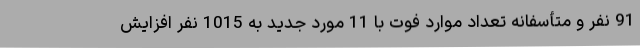
91 نفر و متأسفانه تعداد موارد فوت با 11 مورد جدید به 1015 نفر افزایش